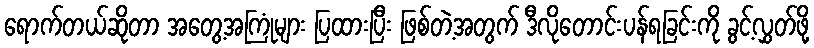
ရောက်တယ်ဆိုတာ အတွေ့အကြုံများ ပြထားပြီး ဖြစ်တဲ့အတွက် ဒီလိုတောင်းပန်ရခြင်းကို ခွင့်လွှတ်ဖို့